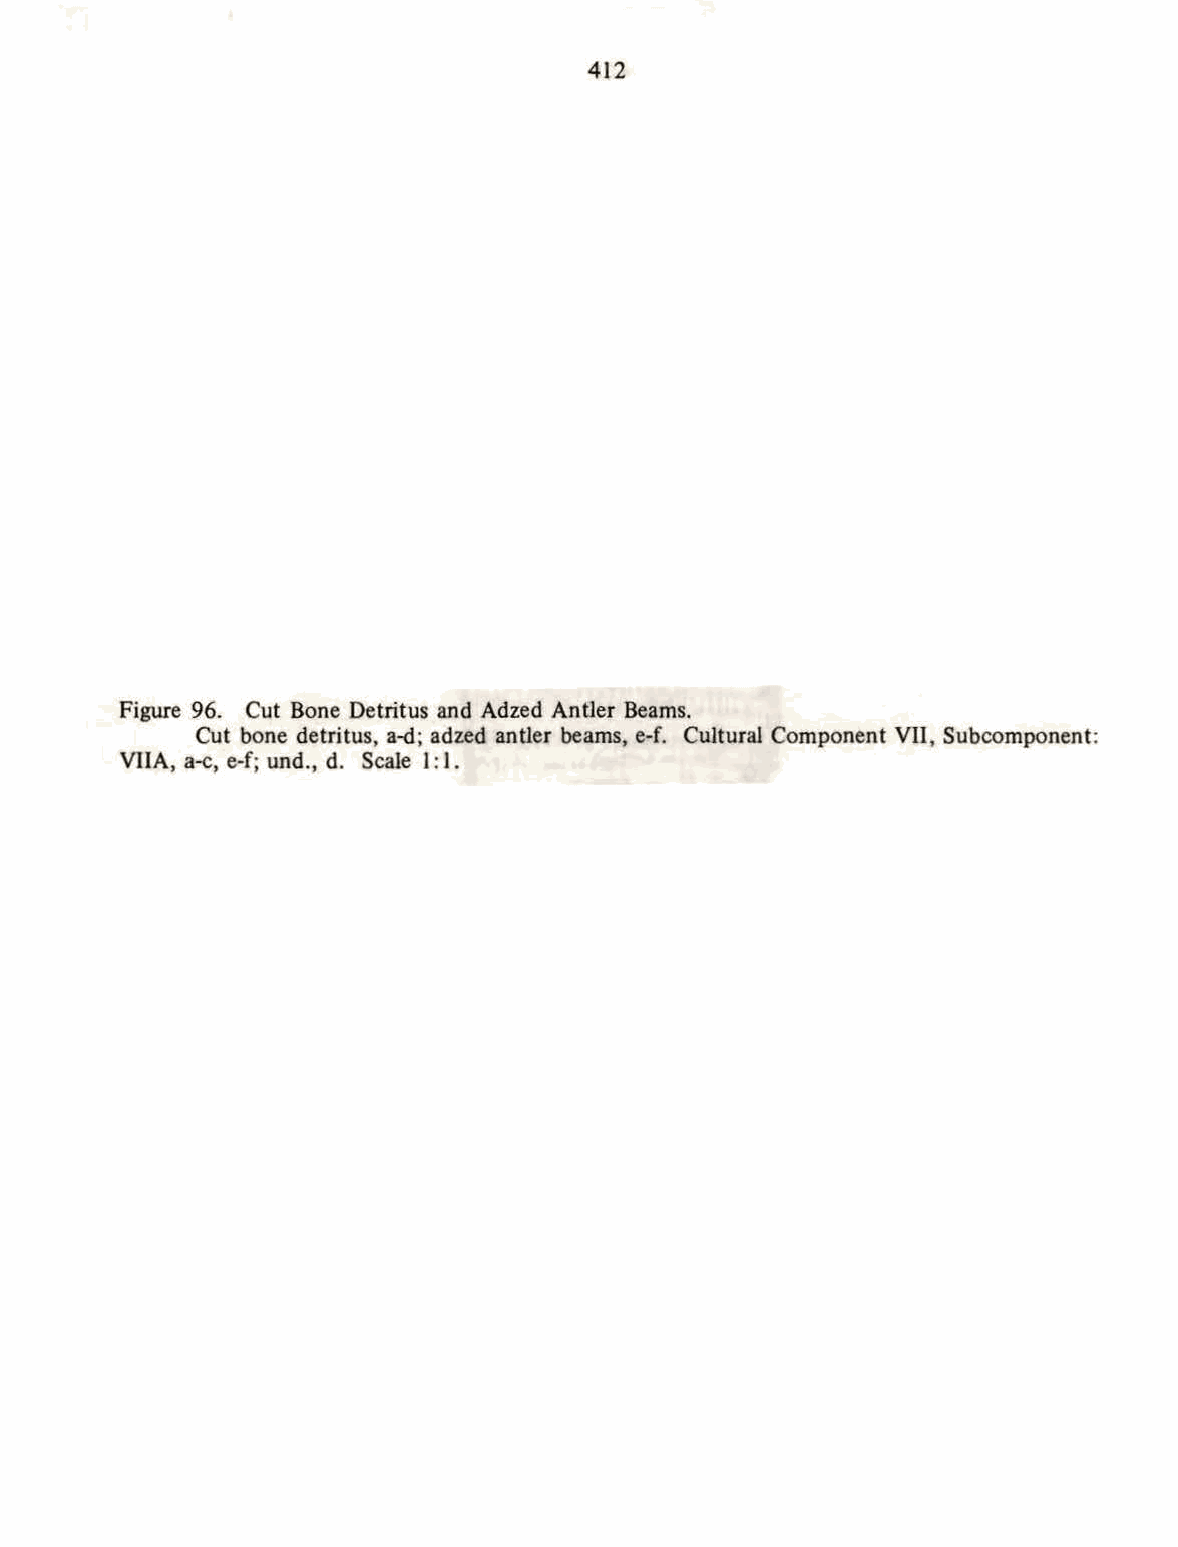
412
 Figure 96. Cut Bone Detritus and Ad zed Antler Beams.
 Cut bone detritus, a-d; adzed antler beams, e-f. Cultural Component VII, Subcomponent:
 VIlA, a-c, e-f; und., d. Scale l: 1.